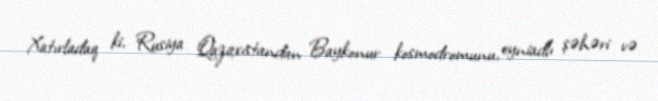
Xatırladaq ki, Rusiya Qazaxıstandan Baykonur kosmodromunu, eyniadlı şəhəri və